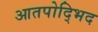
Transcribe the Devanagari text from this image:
आतपोद्भिद